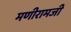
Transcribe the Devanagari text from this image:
मणीरामजी